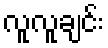
လူလူချင်း